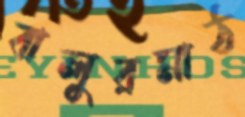
বালুরমাঠ